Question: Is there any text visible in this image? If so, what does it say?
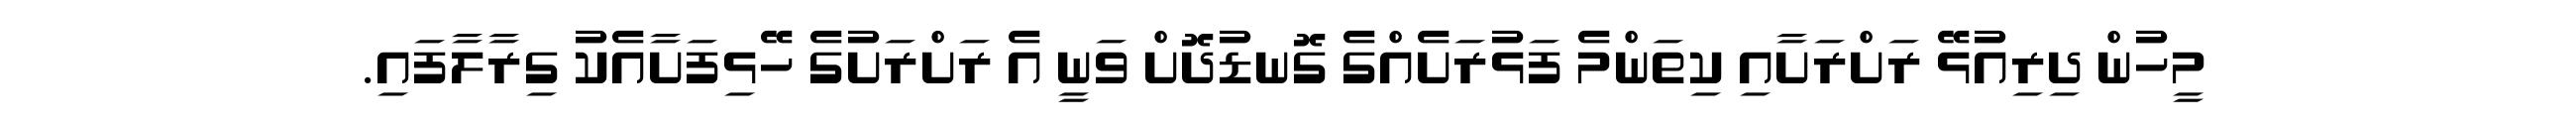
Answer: މީހުން ދިރިއުޅޭ ރަށްރަށާއި ކިތަންމެ ފަޅުރަށެއްގެ ގޮނޑުދޮށް ވަނީ އެ ރަށްރަށުގެ ހޭޅިފަށާއެކު ގިރާލާފައި.